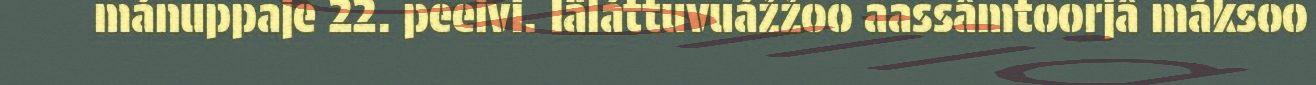
mánuppaje 22. peeivi. Iäláttuvuážžoo aassâmtoorjâ máksoo